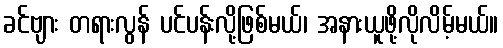
ခင်ဗျား တရားလွန် ပင်ပန်းလို့ဖြစ်မယ်၊ အနားယူဖို့လိုလိမ့်မယ်။